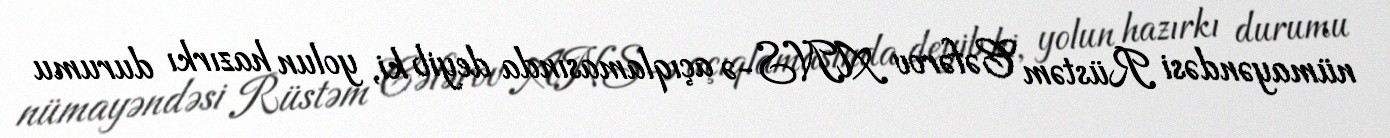
nümayəndəsi Rüstəm Cəfərov ANS-ə açıqlamasında deyib ki, yolun hazırkı durumu